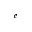
^ { e }